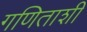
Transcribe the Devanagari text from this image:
गणिताशी